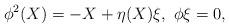
LaTeX: \begin{align*}\phi^2(X) = -X+\eta(X)\xi,\ \phi \xi=0,\end{align*}